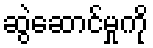
ဆွဲဆောင်မှုကို